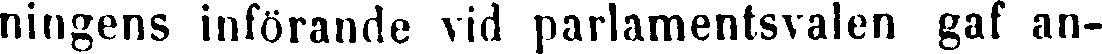
ningens införande vid parlamentsvalen gaf an-